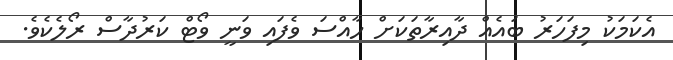
އެކަމަކު މިފަހަރު ބައެއް ދާއިރާތަކަށް ހާއްސަ ވެފައި ވަނީ ވޯޓް ކަރުދާސް ރޯލެކެވެ.